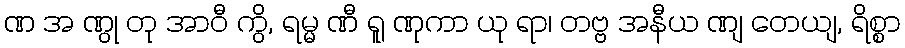
ဏ အ ဏွု တု အာဝီ ကွိ, ရမ္မ ဏီ ရူ ဏုကာ ယု ရာ၊ တဗ္ဗ အနီယ ဏျ တေယျ, ရိစ္စာ